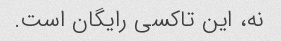
نه، این تاکسی رایگان است.